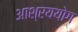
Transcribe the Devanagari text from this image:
आश्रययोग